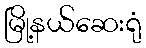
မြို့နယ်ဆေးရုံ